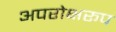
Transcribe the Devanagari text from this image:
अपरोक्षरूप